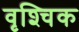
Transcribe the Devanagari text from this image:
वृश्‍चिक